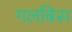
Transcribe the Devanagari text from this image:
गलबिस